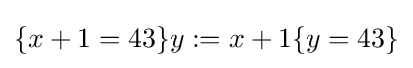
\{x+1=43\}y:=x+1\{y=43\}